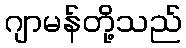
ဂျာမန်တို့သည်